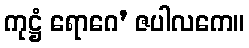
ကုဋ္ဌံ ရောဂေ’ ဇပါလကေ။